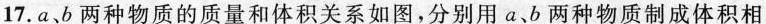
17.a、b两种物质的质量和体积关系如图，分别用a、b两种物质制成体积相